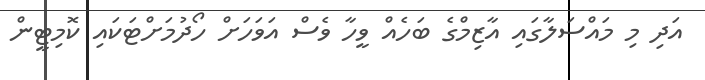
އަދި މި މައްސަލާގައި އާޒިމްގެ ބަހެއް ވީހާ ވެސް އަވަހަށް ހޯދުމަށްޓަކައި ކޮމިޓީން